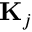
\mathbf { K } _ { j }